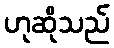
ဟုဆိုသည်